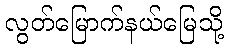
လွတ်မြောက်နယ်မြေသို့